Leaving Certificate Examination, 1910
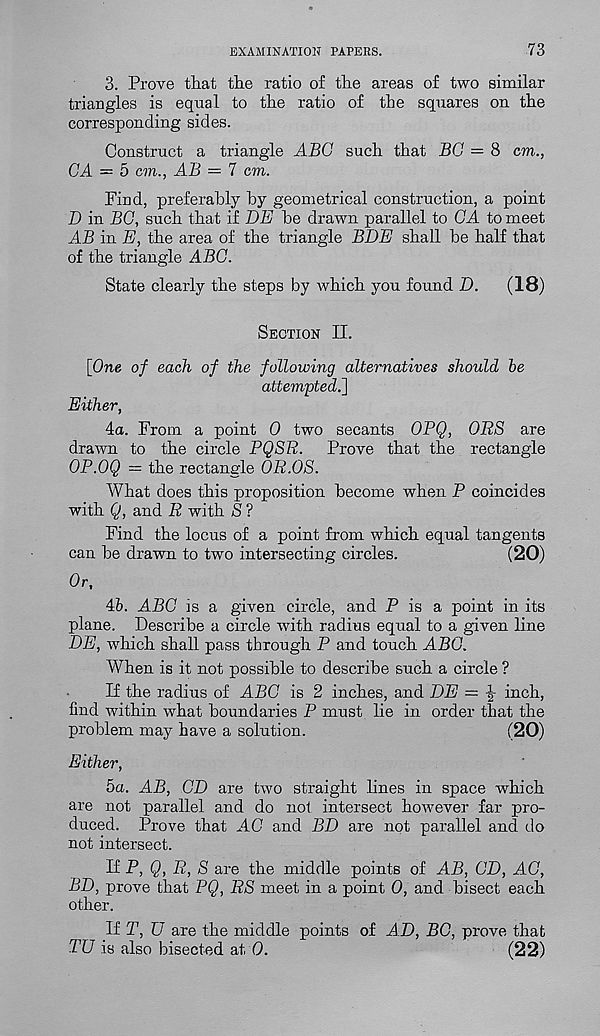
EXAMINATION PAPERS.
73
3. Prove that the ratio of the areas of two similar
triangles is equal to the ratio of the squares on the
corresponding sides.
Construct a triangle ABO such that BG = 8 cm.,
GA = 5 cm., AB = 7 cm.
Find, preferably by geometrical construction, a point
D in BG, such that if DE be drawn parallel to GA to meet
AB in E, the area of the triangle BDE shall be half that
of the triangle ABC.
State clearly the steps by which you found D.
(18)
Section II.
[One of each of the following alternatives should he
attempted^]
Either,
4a. From a point 0 two secants OPQ, ORS are
drawn to the circle PQSR.
Prove that the rectangle
OP.OQ — the rectangle OR.OS.
What does this proposition become when P coincides
with Q, and R with S ?
Find the locus of a point from which equal tangents
can be drawn to two intersecting circles.
(20)
Or,
Ab. ABC is a given circle, and P is a point in its
plane. Describe a circle with radius equal to a given line
DE, which shall pass through P and touch ABG.
When is it not possible to describe such a circle ?
If the radius of ABG is 2 inches, and DE =
inch,
find within what boundaries P must lie in order that the
problem may have a solution.
(20)
Either,
5a. AB, CD are two straight lines in space which
are not parallel and do not intersect however far pro-
duced. Prove that AG and BD are not parallel and do
not intersect.
If P, Q, R, S are the middle points of AB, CD, AG,
BD, prove that PQ, RS meet in a point 0, and bisect each
other.
If T, U are the middle points of A.D, BO, prove that
TU is also bisected at 0.
(22)